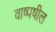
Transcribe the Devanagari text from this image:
वाष्पषील